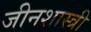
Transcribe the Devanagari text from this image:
जीनशास्त्री